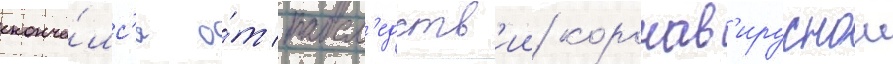
сконча́лс'я о́т посл'едств'ии коронав'ируснои